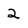
Character: 2